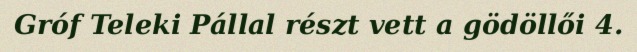
Gróf Teleki Pállal részt vett a gödöllői 4.